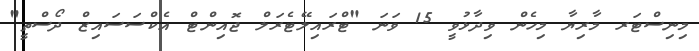
މިނިސްޓަރ މާރިޔާ މިހެން ވިދާޅުވީ 15 ވަނަ "ޓްރައިލޭޓެރަލް ޖޮއިންޓް އެކްސަސައިޒް ދޯސްތީ"